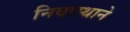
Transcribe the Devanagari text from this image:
निवास्थाने